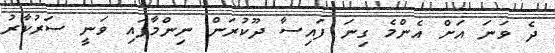
ދެ ވަނަ އަށް އެންމެ ގިނަ ފައިސާ ދޫކުރަން ނިންމާފައި ވަނީ ސަރުކާރު